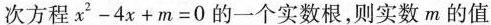
次方程$$x ^ { 2 } - 4 x + m = 0$$ 的一个实数根，则实数m的值